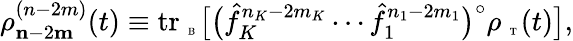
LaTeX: \rho_{{\mathbf n}-2{\mathbf m}}^{(n-2m)}(t)\equiv\mathrm{tr}_{\mathrm{~\tiny~B~}}\big[\big(\hat{f}_{K}^{n_{K}-2m_{K}}\cdots\hat{f}_{1}^{n_{1}-2m_{1}}\big)^{\circ}\rho_{\mathrm{~\tiny~T~}}(t)\big],